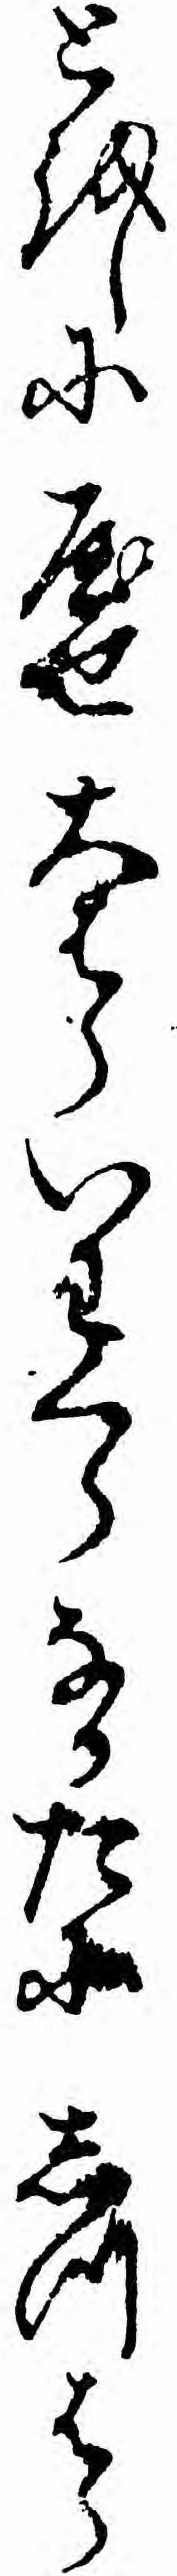
とをしにやせ大はらいわくらなかたにしつはら